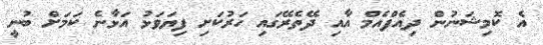
އެ ކޮމިޝަނުން ދިއެފްއެމް އާއި ދޭތެރޭގައި ހަރުކަށި ފިޔަވަޅު އަޅާނެ ކަމަށް ބުނީ